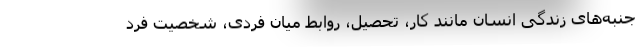
جنبه‌های زندگی انسان مانند کار، تحصیل، روابط میان فردی، شخصیت فرد